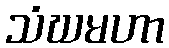
သံဃမဟာ